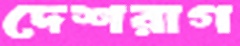
দেশরাগ